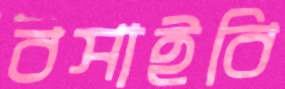
বসাইবি